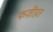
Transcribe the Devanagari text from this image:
फज़ीहत